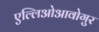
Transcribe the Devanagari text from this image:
एल्लिओआवोगुर